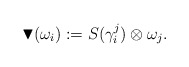
\begin{align*}\blacktriangledown (\omega_i):= S(\gamma_i^j ) \otimes \omega_j .\end{align*}